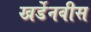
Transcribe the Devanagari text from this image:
खर्डेनवीस